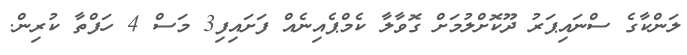
ލަންކާގެ ސްނައިޕަރު ދޫކޮށްލުމަށް ގޮވާލާ ކެމްޕެއިނެއް ފަށައިފި3 މަސް 4 ހަފްތާ ކުރިން.